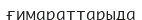
ғимараттарыда